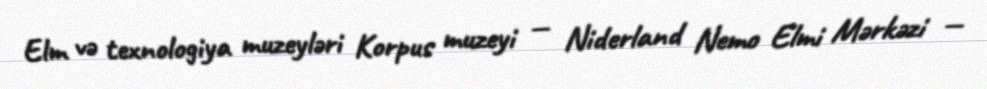
Elm və texnologiya muzeyləri Korpus muzeyi — Niderland Nemo Elmi Mərkəzi —